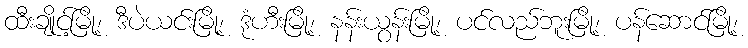
ထီးချိုင့်မြို့၊ ဒီပဲယင်းမြို့၊ ဒုံဟီးမြို့၊ နန်းယွန်းမြို့၊ ပင်လည်ဘူးမြို့၊ ပန်ဆောင်မြို့၊